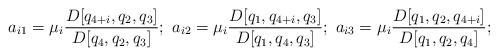
LaTeX: \begin{align*}a_{i1}=\mu_i\frac{D[q_{4+i}, q_2, q_3]}{D[q_4, q_2, q_3]}; \, \, a_{i2}=\mu_i \frac{D[q_1, q_{4+i}, q_3]}{D[q_1, q_4, q_3]}; \, \, a_{i3}=\mu_i\frac{D[q_1, q_2, q_{4+i}]}{D[q_1, q_2, q_4]};\end{align*}